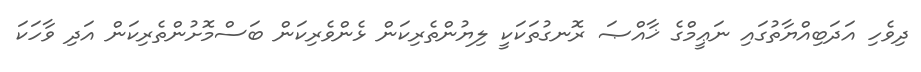
ދިވެހި އަދަބިއްޔާތުގައި ނަޢީމްގެ ޚާއްޞަ ރޮނގުތަކަކީ ލިޔުންތެރިކަން ޅެންވެރިކަން ބަސްމޮށުންތެރިކަން އަދި ވާހަކަ